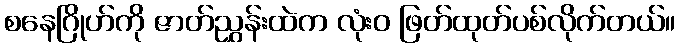
စနေဂြိုဟ်ကို ဇာတ်ညွှန်းထဲက လုံးဝ ဖြတ်ထုတ်ပစ်လိုက်တယ်။